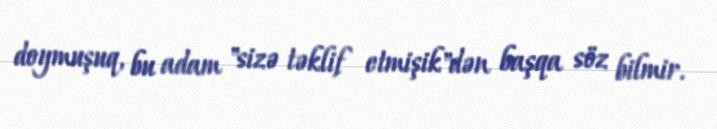
doymuşuq, bu adam "sizə təklif etmişik"dən başqa söz bilmir.